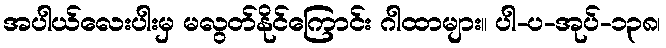
အပါယ်လေးပါးမှ မလွတ်နိုင်ကြောင်း ဂါထာများ။ ပါ-ပ-အုပ်-၁၃၈၊